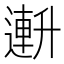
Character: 𫧧